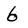
Character: 6